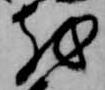
越